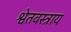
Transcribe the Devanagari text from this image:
श्वेतवस्त्राय